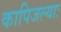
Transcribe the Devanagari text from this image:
कापिजल्याः